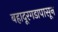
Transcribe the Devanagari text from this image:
बहादूरगडापासून